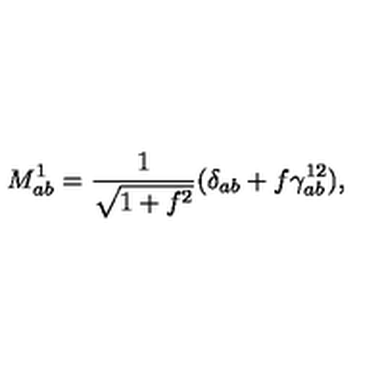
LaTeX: M _ { a b } ^ { 1 } = \frac { 1 } { \sqrt { 1 + f ^ { 2 } } } ( \delta _ { a b } + f \gamma _ { a b } ^ { 1 2 } ) ,